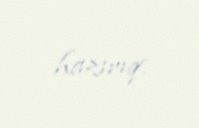
hazırıq.